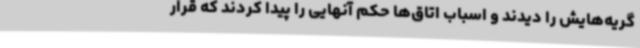
گریه‌هایش را دیدند و اسباب اتاق‌ها حکم آنهایی را پیدا کردند که قرار